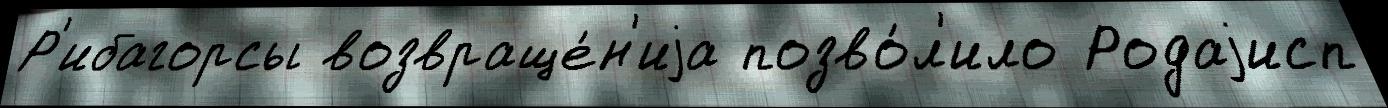
Р'ибагорсы возвраще́н'иjа позво́л'ило Родаjисп